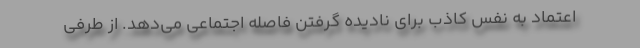
اعتماد به نفس کاذب برای نادیده گرفتن فاصله اجتماعی می‌دهد. از طرفی